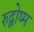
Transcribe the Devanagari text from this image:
रुद्वोष्म